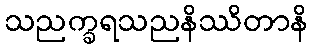
သညက္ခရသညနိဿိတာနိ